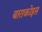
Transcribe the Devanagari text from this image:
बाराकोइस